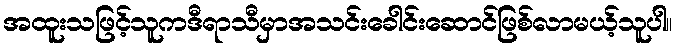
အထူးသဖြင့်သူကဒီရာသီမှာအသင်းခေါင်းဆောင်ဖြစ်လာမယ့်သူပါ။